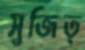
সুজিত্